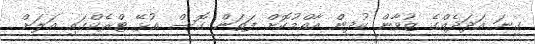
ގިނަ އަދަދެއްގެ ޒުވާން ކުދިން އާއްމުކޮށް ފަތަން ގޮސް އުޅޭ ޓްރެކްގައި އަލަށް